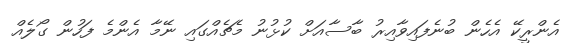
އެންރީކޭ އެހެން ބުނެފައިވާއިރު ބާސާއަށް ކުޅުނު މެޗެއްގައި ނޭމާ އެންމެ ފަހުން ގޯލެއް